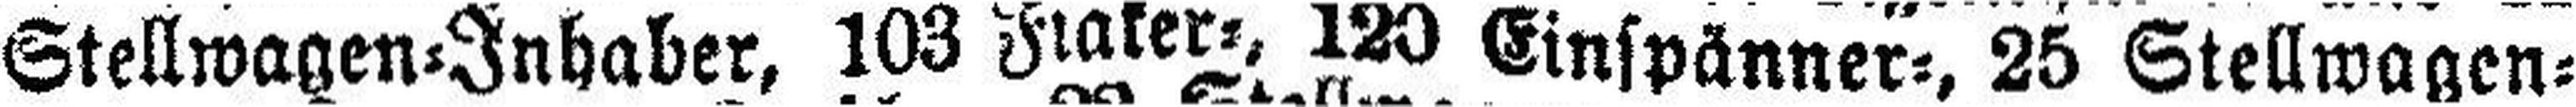
Stellwagen=Inhaber, 103 Fiaker=, 120 Einspänner=, 25 Stellwagen=